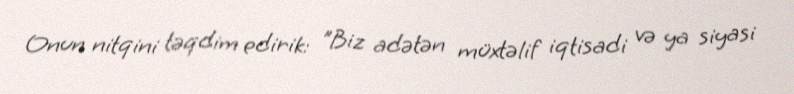
Onun nitqini təqdim edirik: "Biz adətən müxtəlif iqtisadi və ya siyasi